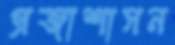
প্রজাশাসন